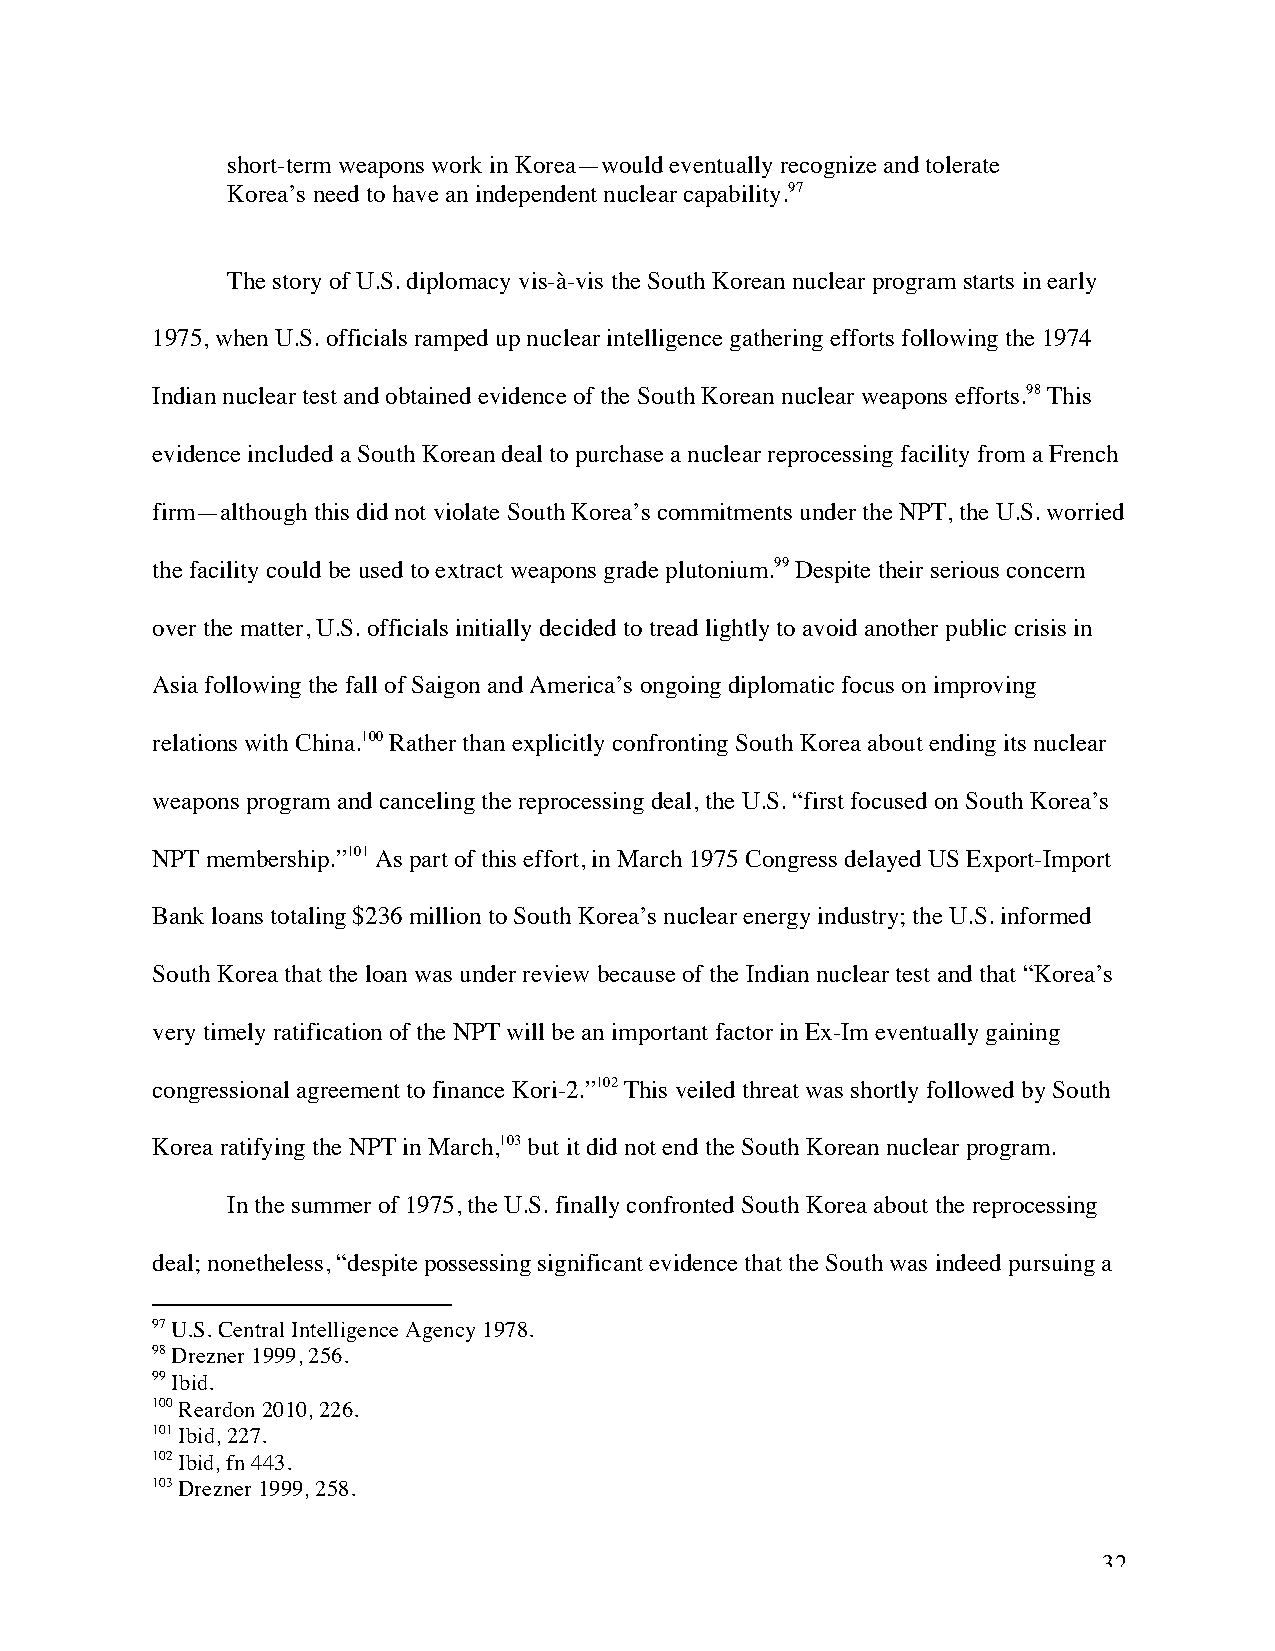
short-term weapons work in Korea—would eventually recognize and tolerate
 Korea’s need to have an independent nuclear capability.97
 The story of U.S. diplomacy vis-à-vis the South Korean nuclear program starts in early
 1975, when U.S. officials ramped up nuclear intelligence gathering efforts following the 1974
 Indian nuclear test and obtained evidence of the South Korean nuclear weapons efforts.98 This
 evidence included a South Korean deal to purchase a nuclear reprocessing facility from a French
 firm—although this did not violate South Korea’s commitments under the NPT, the U.S. worried
 the facility could be used to extract weapons grade plutonium.99 Despite their serious concern
 over the matter, U.S. officials initially decided to tread lightly to avoid another public crisis in
 Asia following the fall of Saigon and America’s ongoing diplomatic focus on improving
 relations with China.100 Rather than explicitly confronting South Korea about ending its nuclear
 weapons program and canceling the reprocessing deal, the U.S. “first focused on South Korea’s
 NPT membership.”101 As part of this effort, in March 1975 Congress delayed US Export-Import
 Bank loans totaling $236 million to South Korea’s nuclear energy industry; the U.S. informed
 South Korea that the loan was under review because of the Indian nuclear test and that “Korea’s
 very timely ratification of the NPT will be an important factor in Ex-Im eventually gaining
 congressional agreement to finance Kori-2.”102 This veiled threat was shortly followed by South
 Korea ratifying the NPT in March,103 but it did not end the South Korean nuclear program.
 In the summer of 1975, the U.S. finally confronted South Korea about the reprocessing
 deal; nonetheless, “despite possessing significant evidence that the South was indeed pursuing a
 97 U.S. Central Intelligence Agency 1978.
 98 Drezner 1999, 256.
 99 Ibid.
 100 Reardon 2010, 226.
 101 Ibid, 227.
 102 Ibid, fn 443.
 103 Drezner 1999, 258.
 32